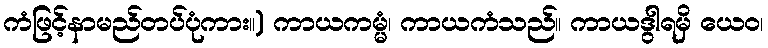
ကံဖြင့်နာမည်တပ်ပုံကား။) ကာယကမ္မံ၊ ကာယကံသည်။ ကာယဒွါရမှိ ယေဝ၊